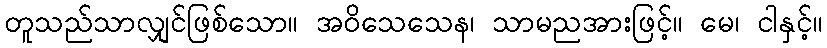
တူသည်သာလျှင်ဖြစ်သော။ အဝိသေသေန၊ သာမညအားဖြင့်။ မေ၊ ငါနှင့်။